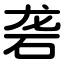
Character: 砻